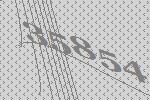
35854